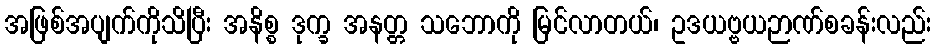
အဖြစ်အပျက်ကိုသိပြီး အနိစ္စ ဒုက္ခ အနတ္တ သဘောကို မြင်လာတယ်၊ ဥဒယဗ္ဗယဉာဏ်စခန်းလည်း